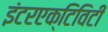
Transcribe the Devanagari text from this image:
इंटरएक्टिविटी